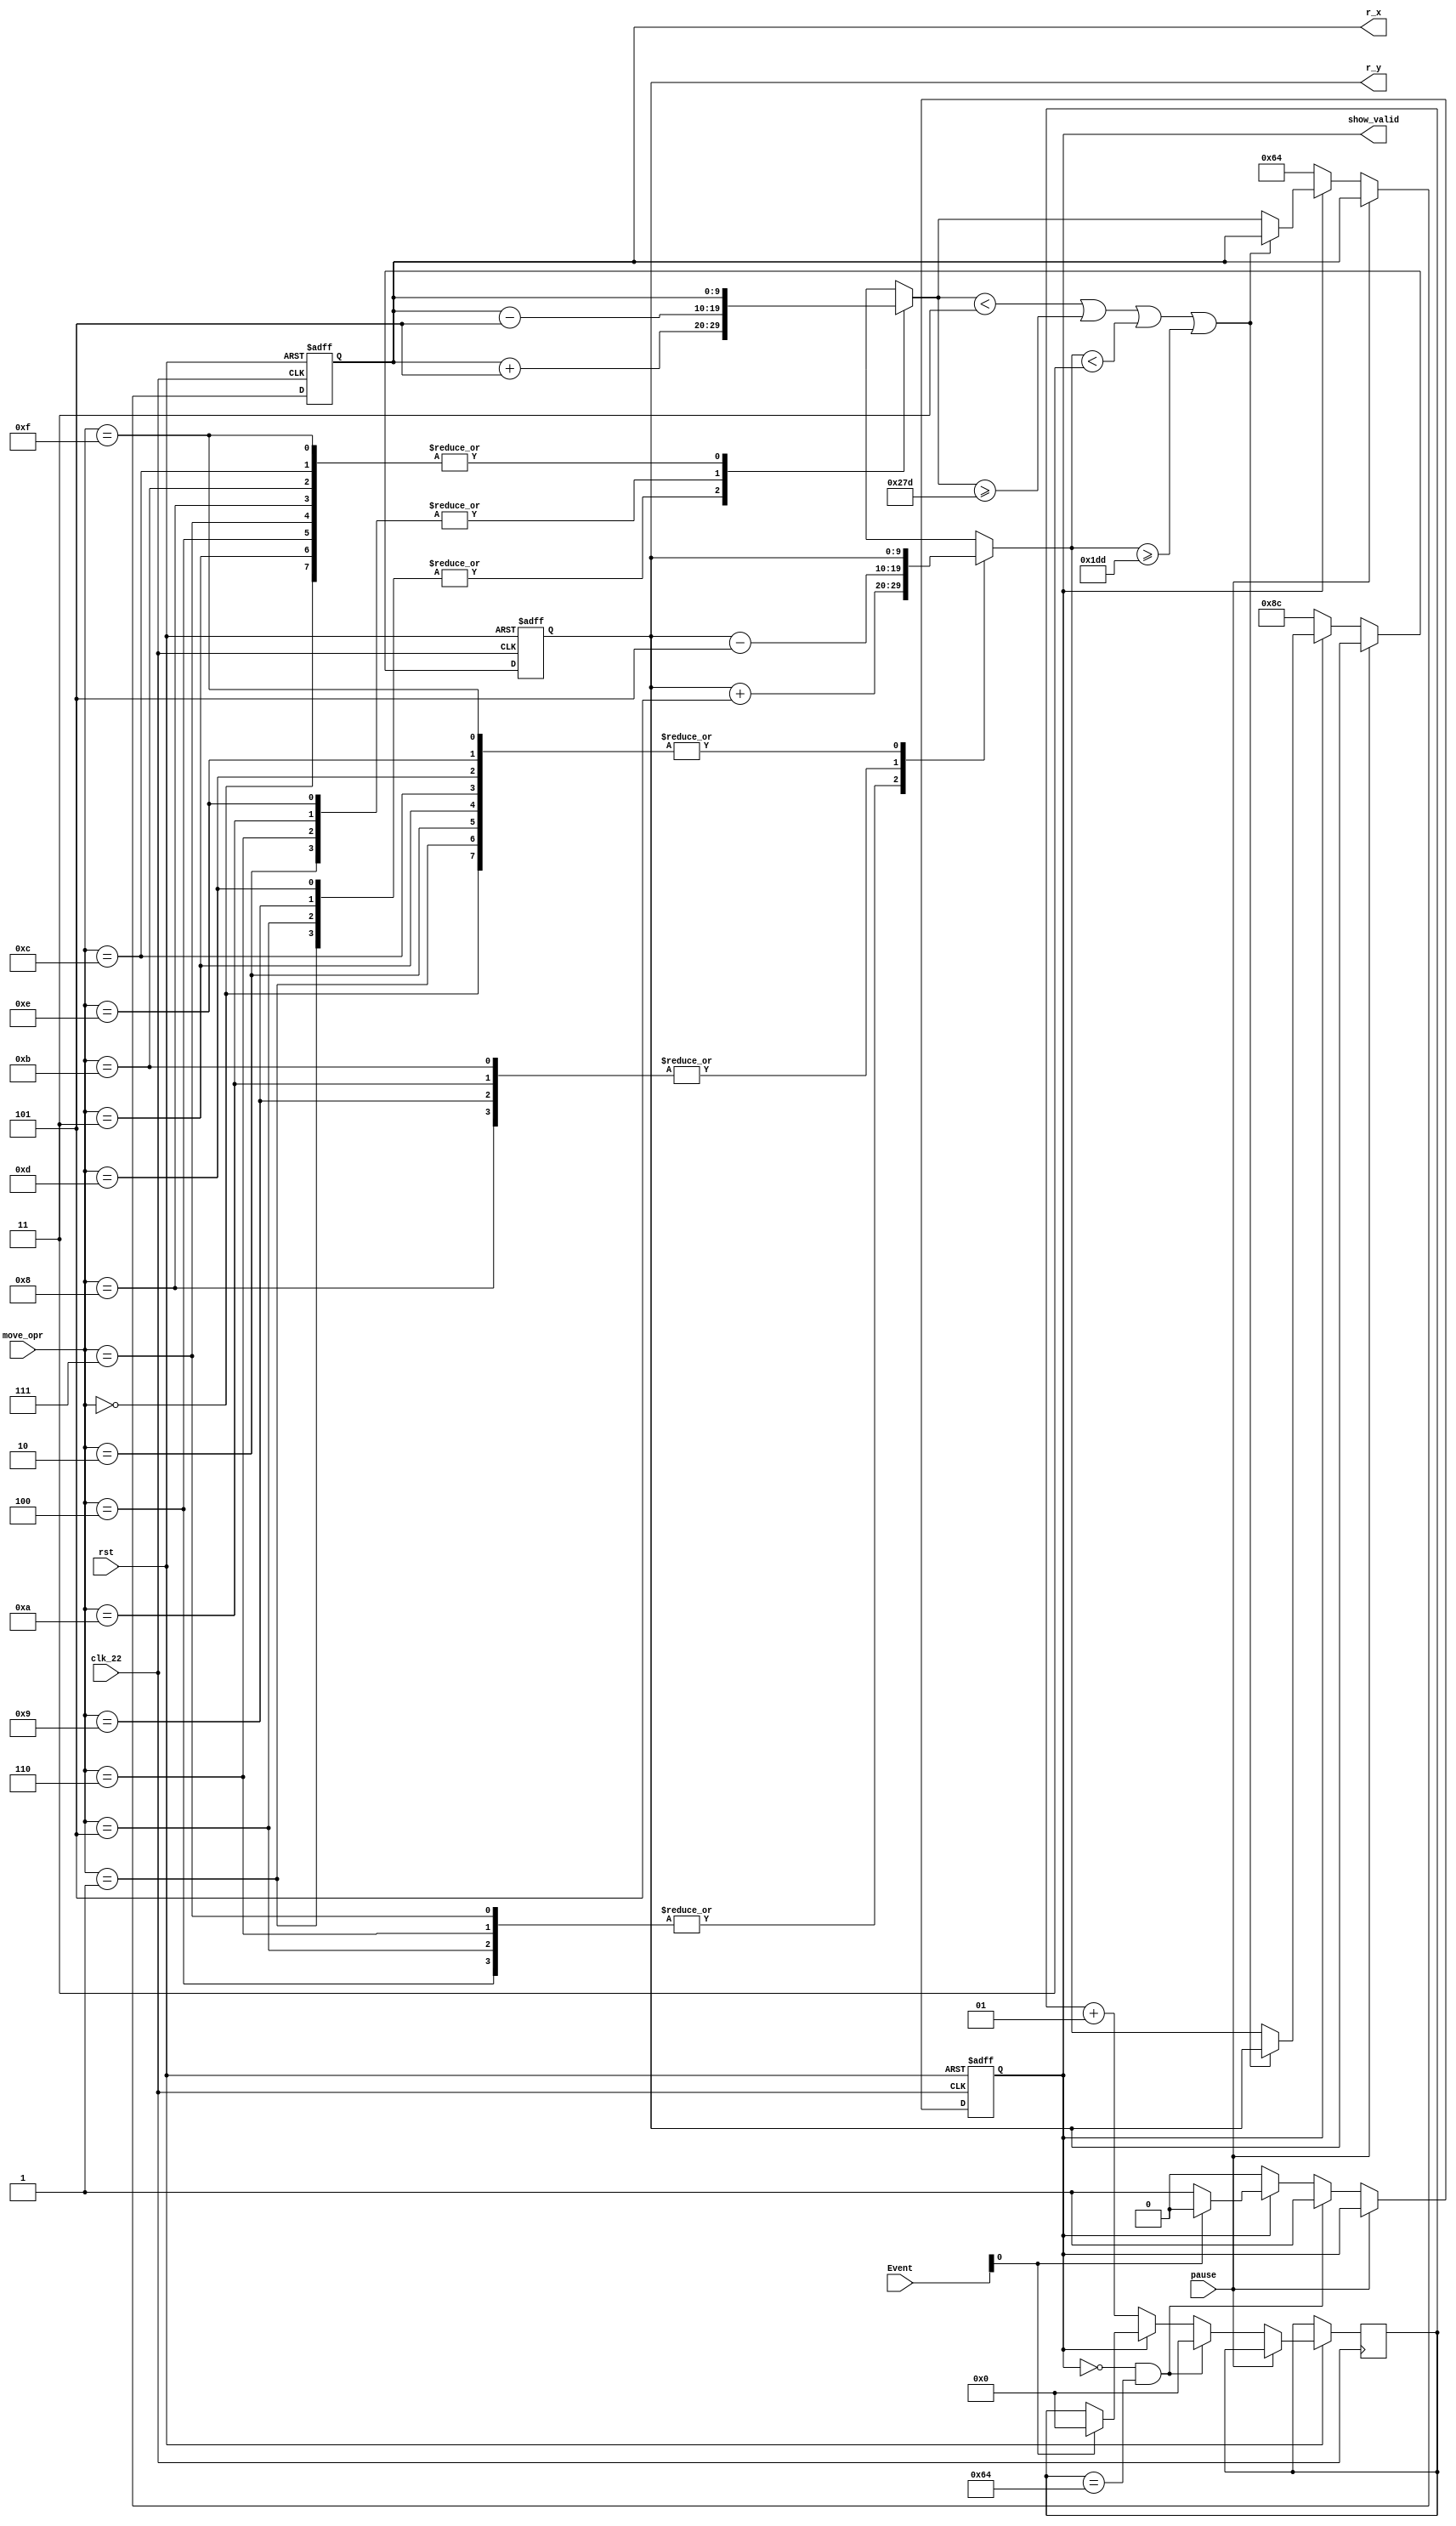
`timescale 1ns / 1ps
//////////////////////////////////////////////////////////////////////////////////
// Company: 
// Engineer: 
// 
// Design Name: 
// Module Name: Dragon_move
// Project Name: 
// Target Devices: 
// Tool Versions: 
// Description: 
// 
// Dependencies: 
// 
// Revision:
// Revision 0.01 - File Created
// Additional Comments:
// 
//////////////////////////////////////////////////////////////////////////////////


module Robot_move(clk_22, pause, rst, r_x, r_y, move_opr, show_valid, Event);
input clk_22, rst, pause;
input [3:0]move_opr; // opr from keyboard
input [3:0]Event; // dragons and robot die signal
output reg [9:0]r_x, r_y; // now poition, with left up
output reg show_valid; // if alive --> 1 , show; else dead --> 0, not show.

reg alive = 1; // 1: alive, 0: dead 
integer cd_cnt; // 100;
reg [9:0]r_nxt_x, r_nxt_y; // robot's nxt position


always @* begin  
    show_valid = alive;
end

// keyboard to move fsm 
always @*
    case(move_opr) // up, down, left, right
        4'b0000: begin r_nxt_x = r_x; r_nxt_y = r_y; end
        4'b0001: begin r_nxt_x = r_x + 10'd5; r_nxt_y = r_y; end
        4'b0010: begin r_nxt_x = r_x - 10'd5; r_nxt_y = r_y; end
        4'b0011: begin r_nxt_x = r_x; r_nxt_y = r_y; end
        4'b0100: begin r_nxt_x = r_x; r_nxt_y = r_y + 10'd5; end
        4'b0101: begin r_nxt_x = r_x + 10'd5; r_nxt_y = r_y + 10'd5; end
        4'b0110: begin r_nxt_x = r_x - 10'd5; r_nxt_y = r_y + 10'd5; end
        4'b0111: begin r_nxt_x = r_x; r_nxt_y = r_y + 10'd5; end
        4'b1000: begin r_nxt_x = r_x; r_nxt_y = r_y - 10'd5; end
        4'b1001: begin r_nxt_x = r_x + 10'd5; r_nxt_y = r_y - 10'd5; end
        4'b1010: begin r_nxt_x = r_x - 10'd5; r_nxt_y = r_y - 10'd5; end
        4'b1011: begin r_nxt_x = r_x; r_nxt_y = r_y - 10'd5; end
        4'b1100: begin r_nxt_x = r_x; r_nxt_y = r_y; end
        4'b1101: begin r_nxt_x = r_x + 10'd5; r_nxt_y = r_y; end
        4'b1110: begin r_nxt_x = r_x - 10'd5; r_nxt_y = r_y; end
        4'b1111: begin r_nxt_x = r_x; r_nxt_y = r_y; end
        default: begin r_nxt_x = r_x; r_nxt_y = r_y; end
    endcase
    
always @(posedge clk_22 or negedge rst)
    if (~rst) begin
        r_x <= 10'd100; // init poition
        r_y <= 10'd140;
    end else if (pause) begin // stop move
        r_x <= r_x;
        r_y <= r_y;
    end else if (~alive) begin // touch dragons
        r_x <= 10'd100; // back to begin
        r_y <= 10'd140;
    end else if (r_nxt_x < 3 || r_nxt_x >= 637 || r_nxt_y < 3 || r_nxt_y >= 477) begin // if nxt nove will touch board
        r_x <= r_x; // not die, stop at the board.
        r_y <= r_y;
    end else begin
        r_x <= r_nxt_x;
        r_y <= r_nxt_y;
    end


always @(posedge clk_22 or negedge rst)
    if (~rst)
        alive <= 1;
    else if (pause) begin // pause
        alive <= alive;
        cd_cnt <= cd_cnt;
    end else if (~alive && cd_cnt == 100) begin // reborn cd time out --> reborn
        alive <= 1;
        cd_cnt <= 0;
    end else if (~alive) begin // else, continue cnt
        alive <= 0;
        cd_cnt <= cd_cnt + 1; // reborn cnt
    // if robot die
    // Event[0] signal from mem_gen.v
    end else if (Event[0]) begin 
        alive <= 0;
        cd_cnt <= 0;
    end else begin
        alive <= alive;
        cd_cnt <= cd_cnt;
    end
        

endmodule